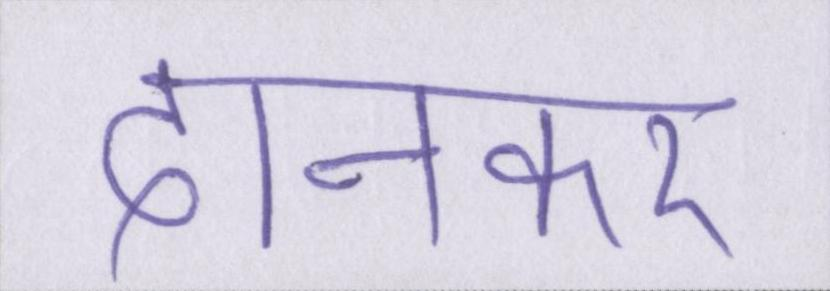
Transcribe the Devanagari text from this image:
दानकर